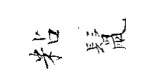
粘鬛